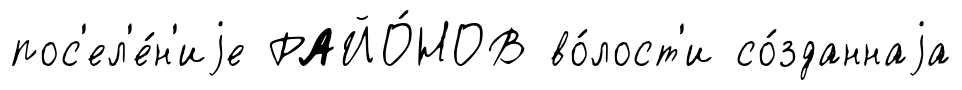
пос'ел'е́н'иjе РАЙО́НОВ во́лост'и со́зданнаjа